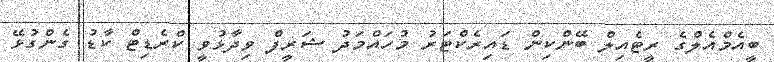
ބީއެމްއެލްގެ ރީޓެއިލް ބޭންކިން ޑައިރެކްޓަރު މުހައްމަދު ޝަރީފް ވިދާޅުވީ ކްރެޑިޓް ކާޑު ގެންގުޅޭ